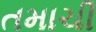
તમાચી